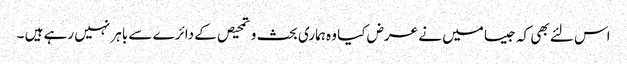
اس لئے بھی کہ جیسا میں نے عرض کیا وہ ہماری بحث و تمحیص کے دائرے سے باہر نہیں رہے ہیں ۔